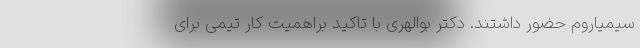
سیمیاروم حضور داشتند. دکتر بوالهری با تاکید براهمیت کار تیمی برای